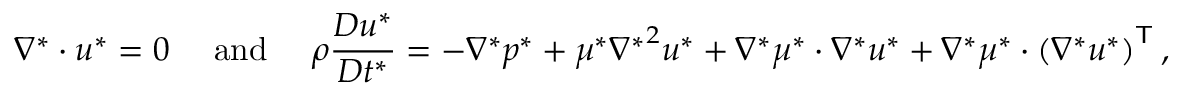
\nabla ^ { * } \cdot \boldsymbol u ^ { * } = 0 ~ ~ ~ ~ \mathrm { a n d } ~ ~ ~ ~ \rho \frac { D \boldsymbol { u } ^ { * } } { D t ^ { * } } = - \nabla ^ { * } p ^ { * } + \mu ^ { * } { \nabla ^ { * } } ^ { 2 } \boldsymbol u ^ { * } + \nabla ^ { * } \mu ^ { * } \cdot \nabla ^ { * } \boldsymbol u ^ { * } + \nabla ^ { * } \mu ^ { * } \cdot \left( \nabla ^ { * } \boldsymbol u ^ { * } \right) ^ { \mathsf { T } } ,